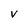
Character: v